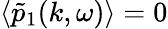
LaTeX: \langle\tilde{p}_{1}(k,\omega)\rangle=0